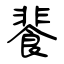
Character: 餥